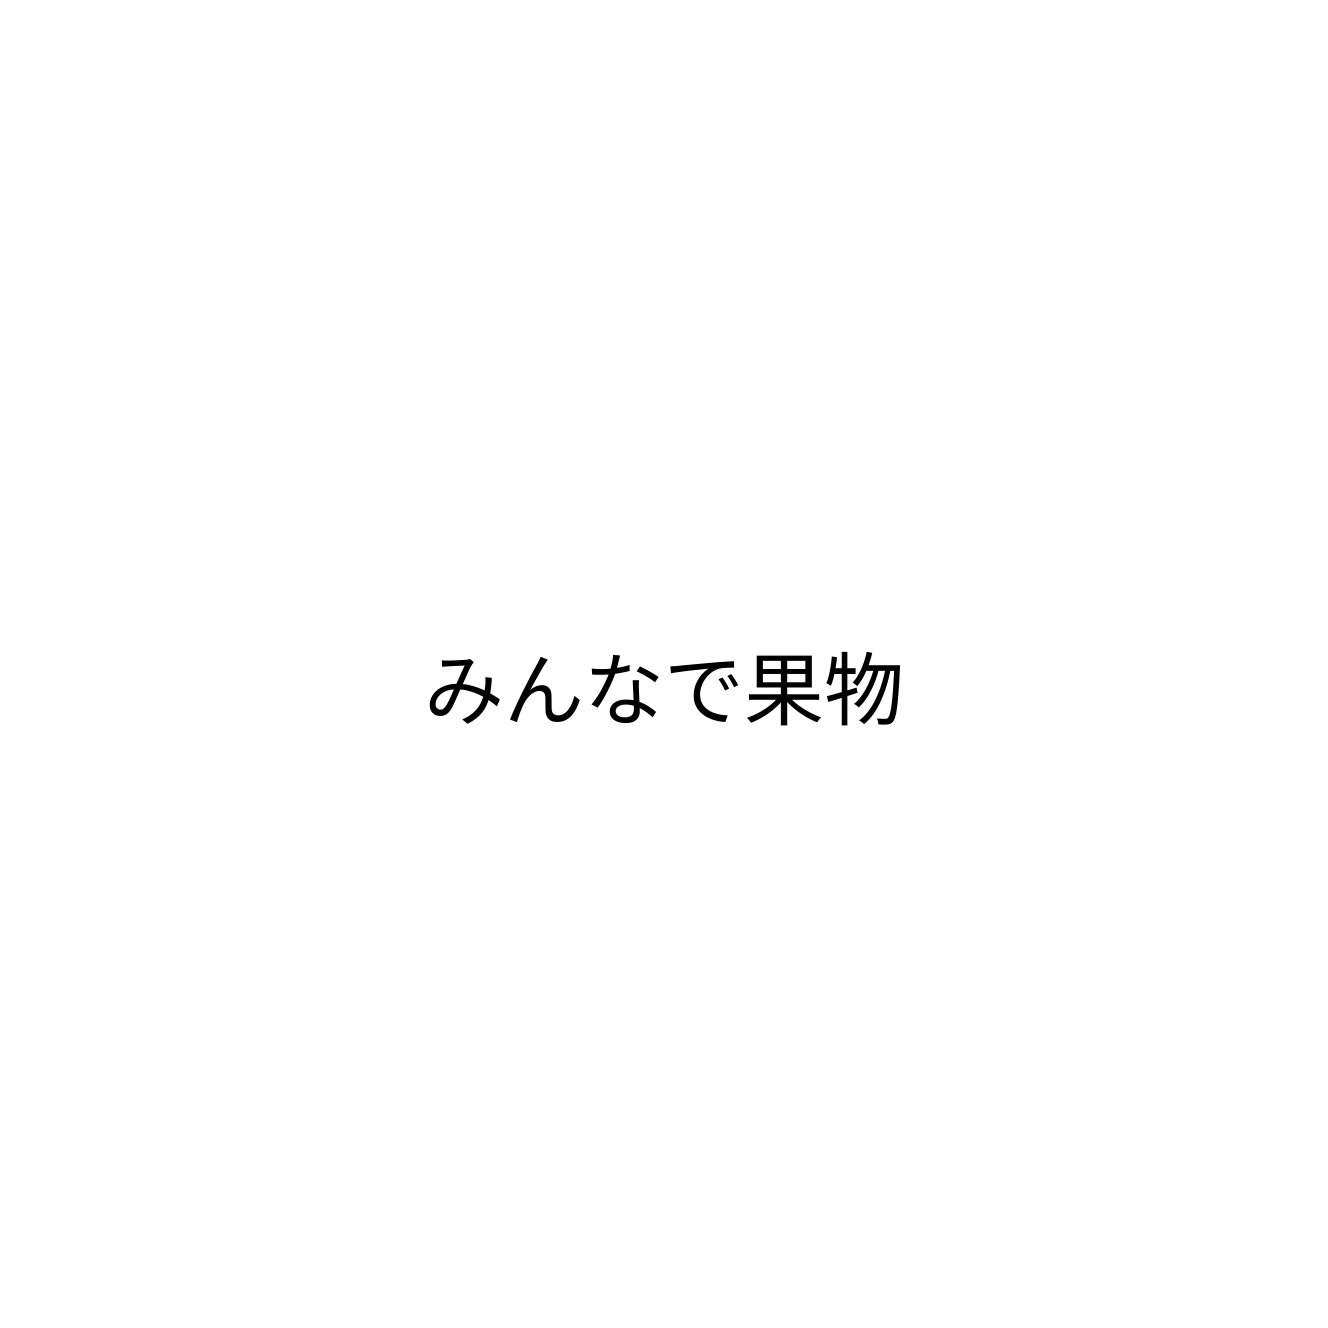
みんなで果物